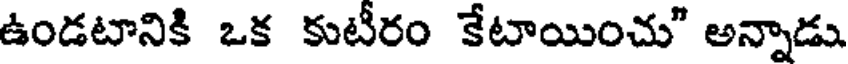
ఉండటానికి ఒక కుటీరం కేటాయించు" అన్నాడు